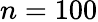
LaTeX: n=100